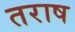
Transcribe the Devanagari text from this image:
तराष